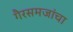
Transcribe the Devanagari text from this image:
गैरसमजांचा